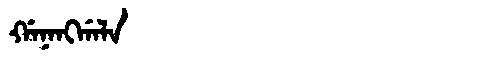
Manchu: ᡤᠠᠨᠠᠩᡤᠠᠯᠠ
Romanization: GANANGGALA